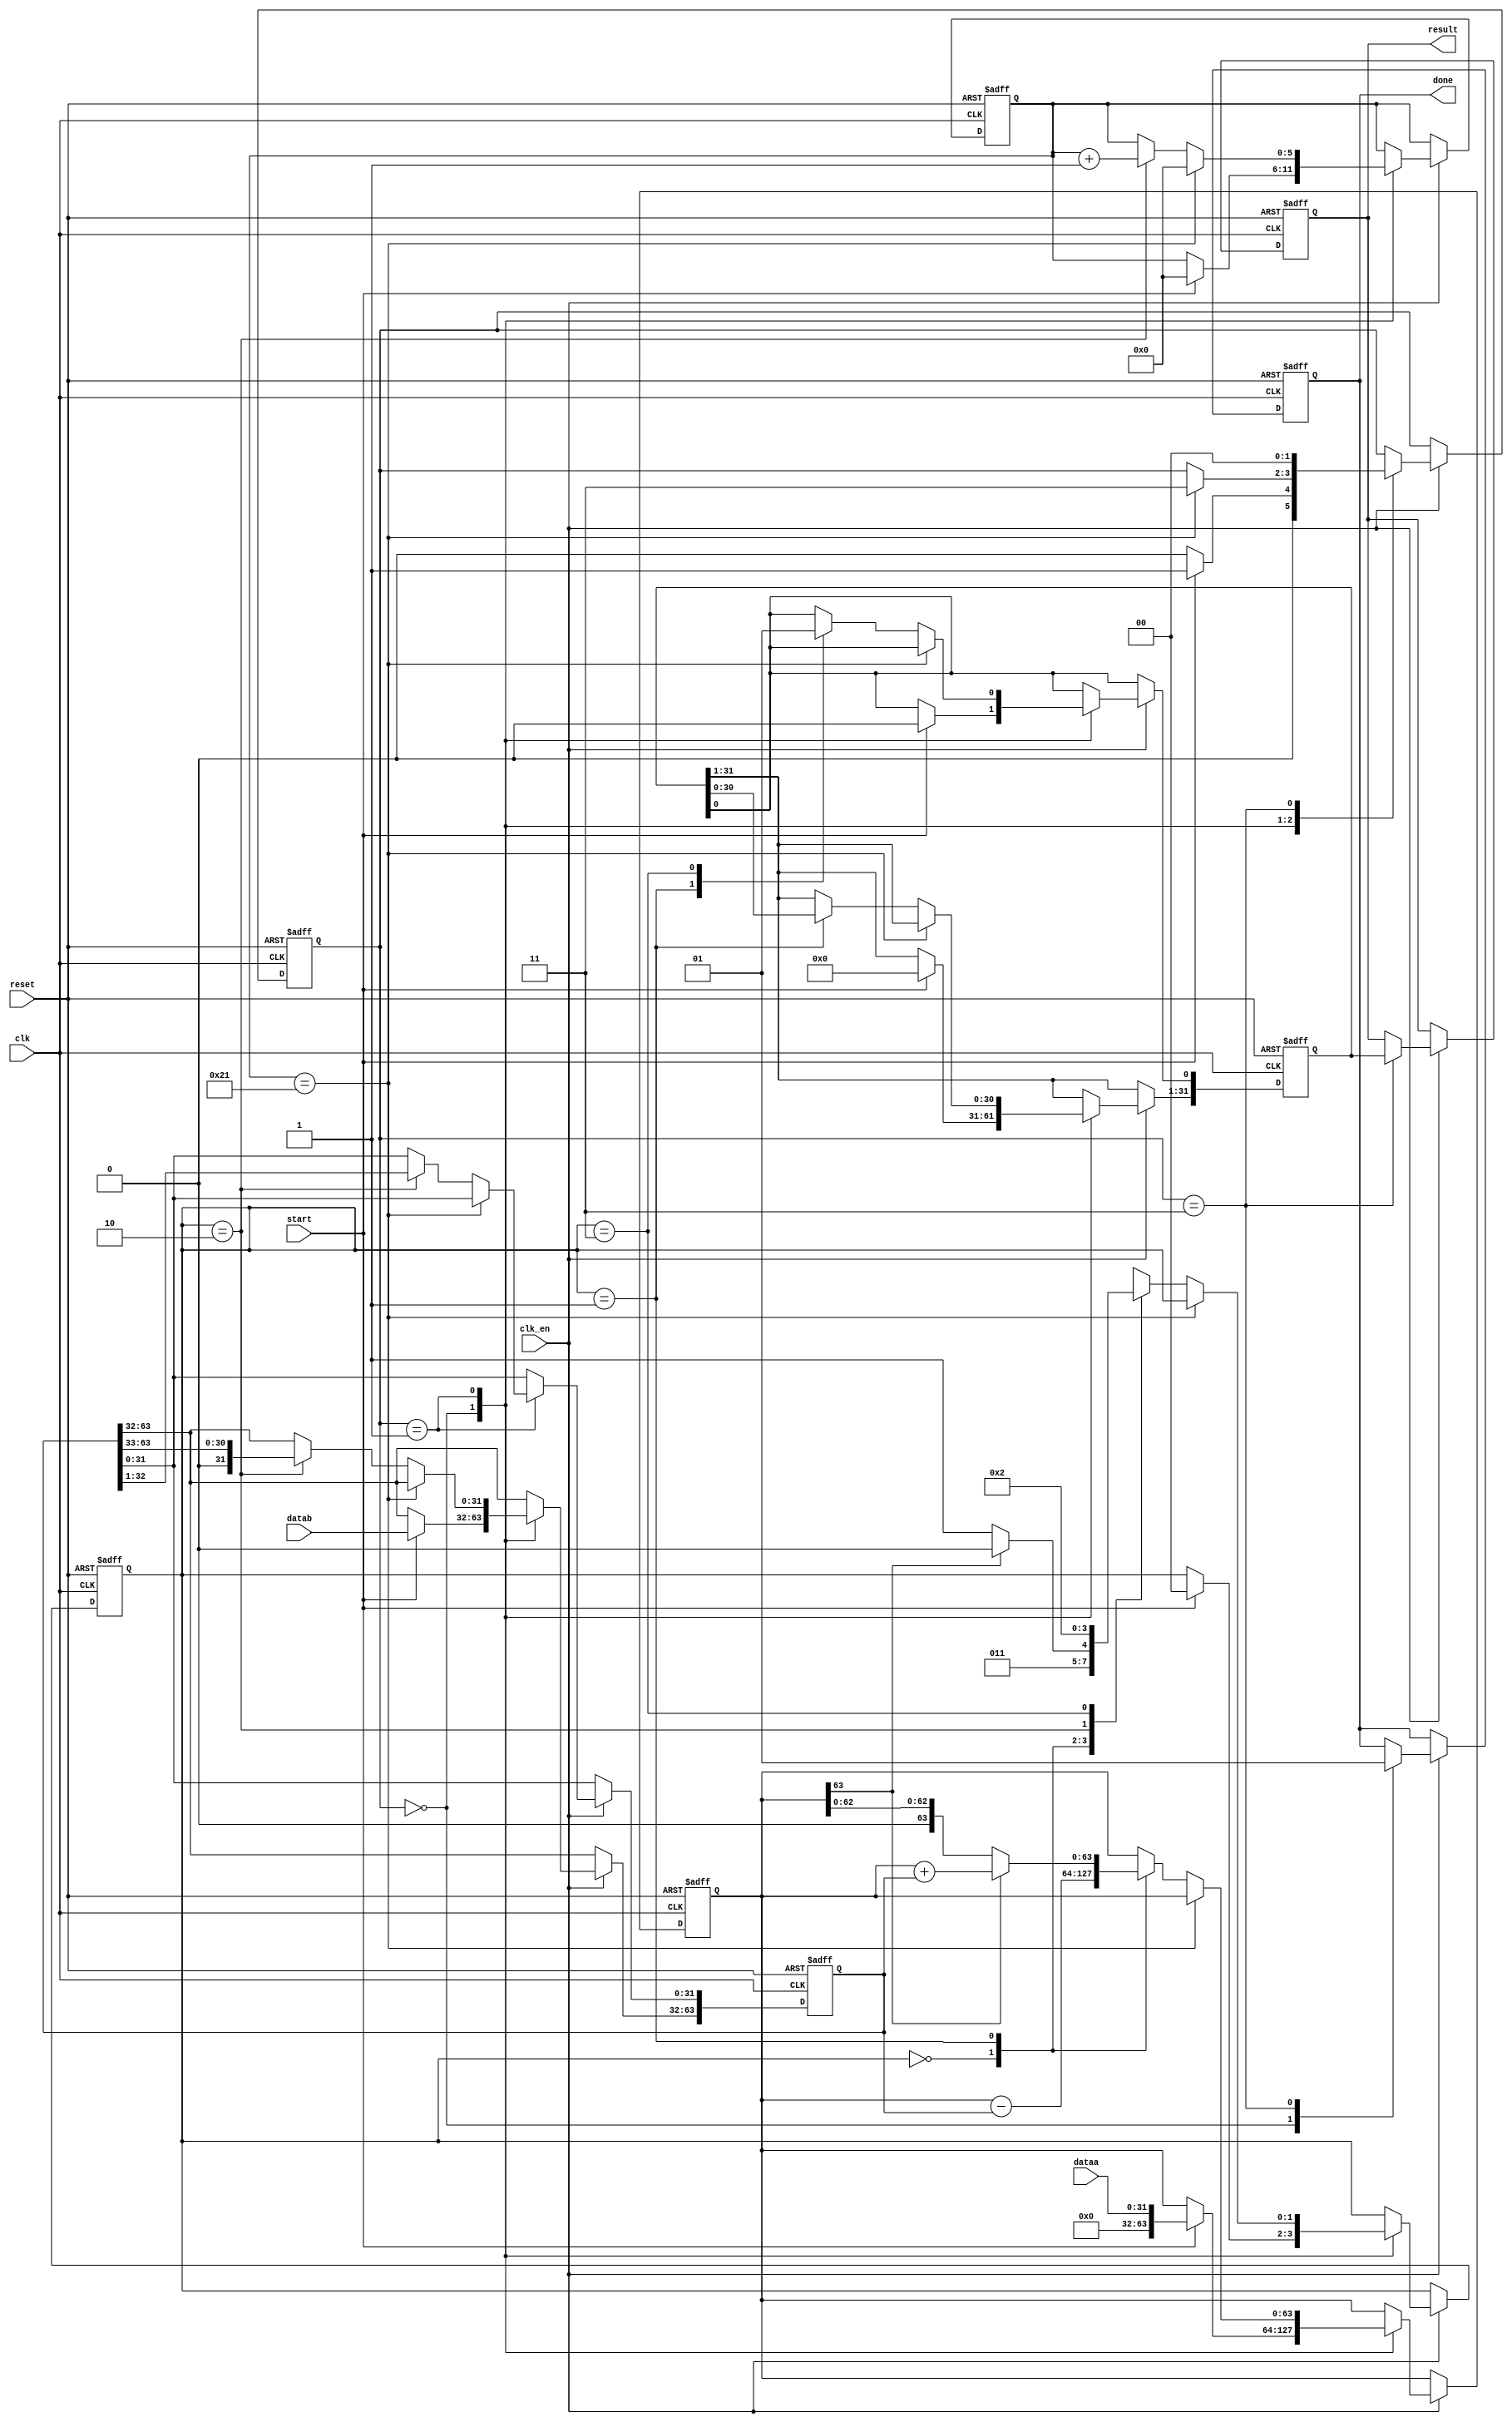
//Modulo para diviso
//Algortimo do livro computer organization and desing interface hardware/software
//Autores Crystal e Havallon
// 25/11/2017
module div (dataa, datab, result, clk, clk_en, start, reset, done);
	
	input [31:0] dataa;
	input [31:0] datab;
	input clk;
	input clk_en;
	input start;
	input reset;
	
	output reg [31:0] result;
	output reg done;
	
	reg [31:0] quociente;
	reg [63:0] divisor;
	reg [63:0] resto;
	
	localparam idle = 2'b00, calculando = 2'b01, pronto = 2'b11;
	
	reg [1:0] state;
	reg [1:0] substate;
	reg [5:0] contador;
	
	always @ (posedge clk or posedge reset) begin
		if (reset) begin
			result    <= 31'd0;
			done      <= 1'b0;
			quociente <= 32'd0;
			divisor   <= 64'd0;
			resto     <= 64'd0;
			state     <= idle;
			substate  <= 2'd0;
			contador  <= 6'd0;
		end else begin
			if (clk_en) begin
				case(state)
				idle:begin
					done <= 1'b0;
					if (start)begin
						state          <= calculando;
						resto          <= dataa;
						divisor[63:32] <= datab;
						substate       <= 2'b00;
						quociente      <= 32'd0;
						contador       <= 6'd0;
					end else begin
						state <= idle;
					end
				end
				calculando:begin
					if (contador == 6'd33) begin
						state    <= pronto;
						contador <= 6'd0;
					end else begin
						case (substate)
							2'b00:begin
								resto    <= resto - divisor;
								substate <= 2'b01;
							end
							2'b01:begin
								if (resto[63] == 1'b1)begin
										resto    <= resto + divisor;
										substate <= 2'b10;
								end else begin
									substate <= 2'b11;
								end
								quociente <= quociente << 1;
							end
							2'b10:begin
								divisor  <= divisor >> 1;
								contador <= contador + 6'd1;
								substate <= 2'b00;
							end
							2'b11:begin
								substate     <= 2'b10;
								quociente[0] <= 1'b1;
							end
						endcase
					end
				end
				pronto:begin
					result <= quociente;
					done   <= 1'b1;
					state  <= idle;
				end
				endcase
			end
		end
	end
	
endmodule